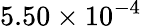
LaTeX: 5.50\times 10^{-4}